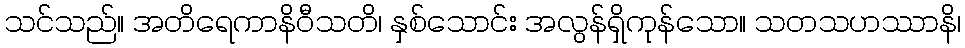
သင်သည်။ အတိရေကာနိဝီသတိ၊ နှစ်သောင်း အလွန်ရှိကုန်သော။ သတသဟဿာနိ၊